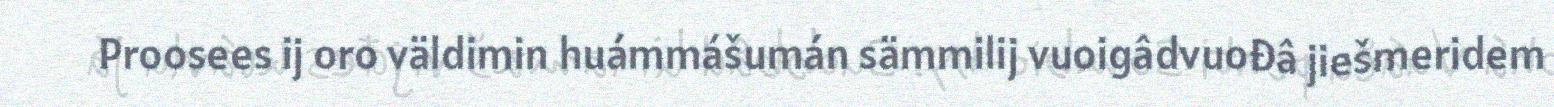
Proosees ij oro väldimin huámmášumán sämmilij vuoigâdvuođâ jiešmeridem